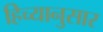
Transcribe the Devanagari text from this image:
हिच्यानुसार